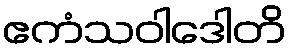
ဧကံသဝါဒေါတိ